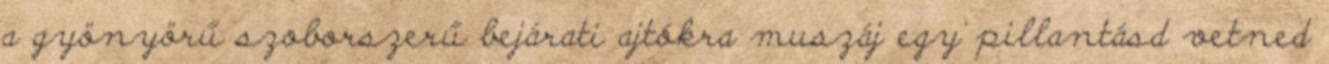
a gyönyörű szoborszerű bejárati ajtókra muszáj egy pillantásd vetned